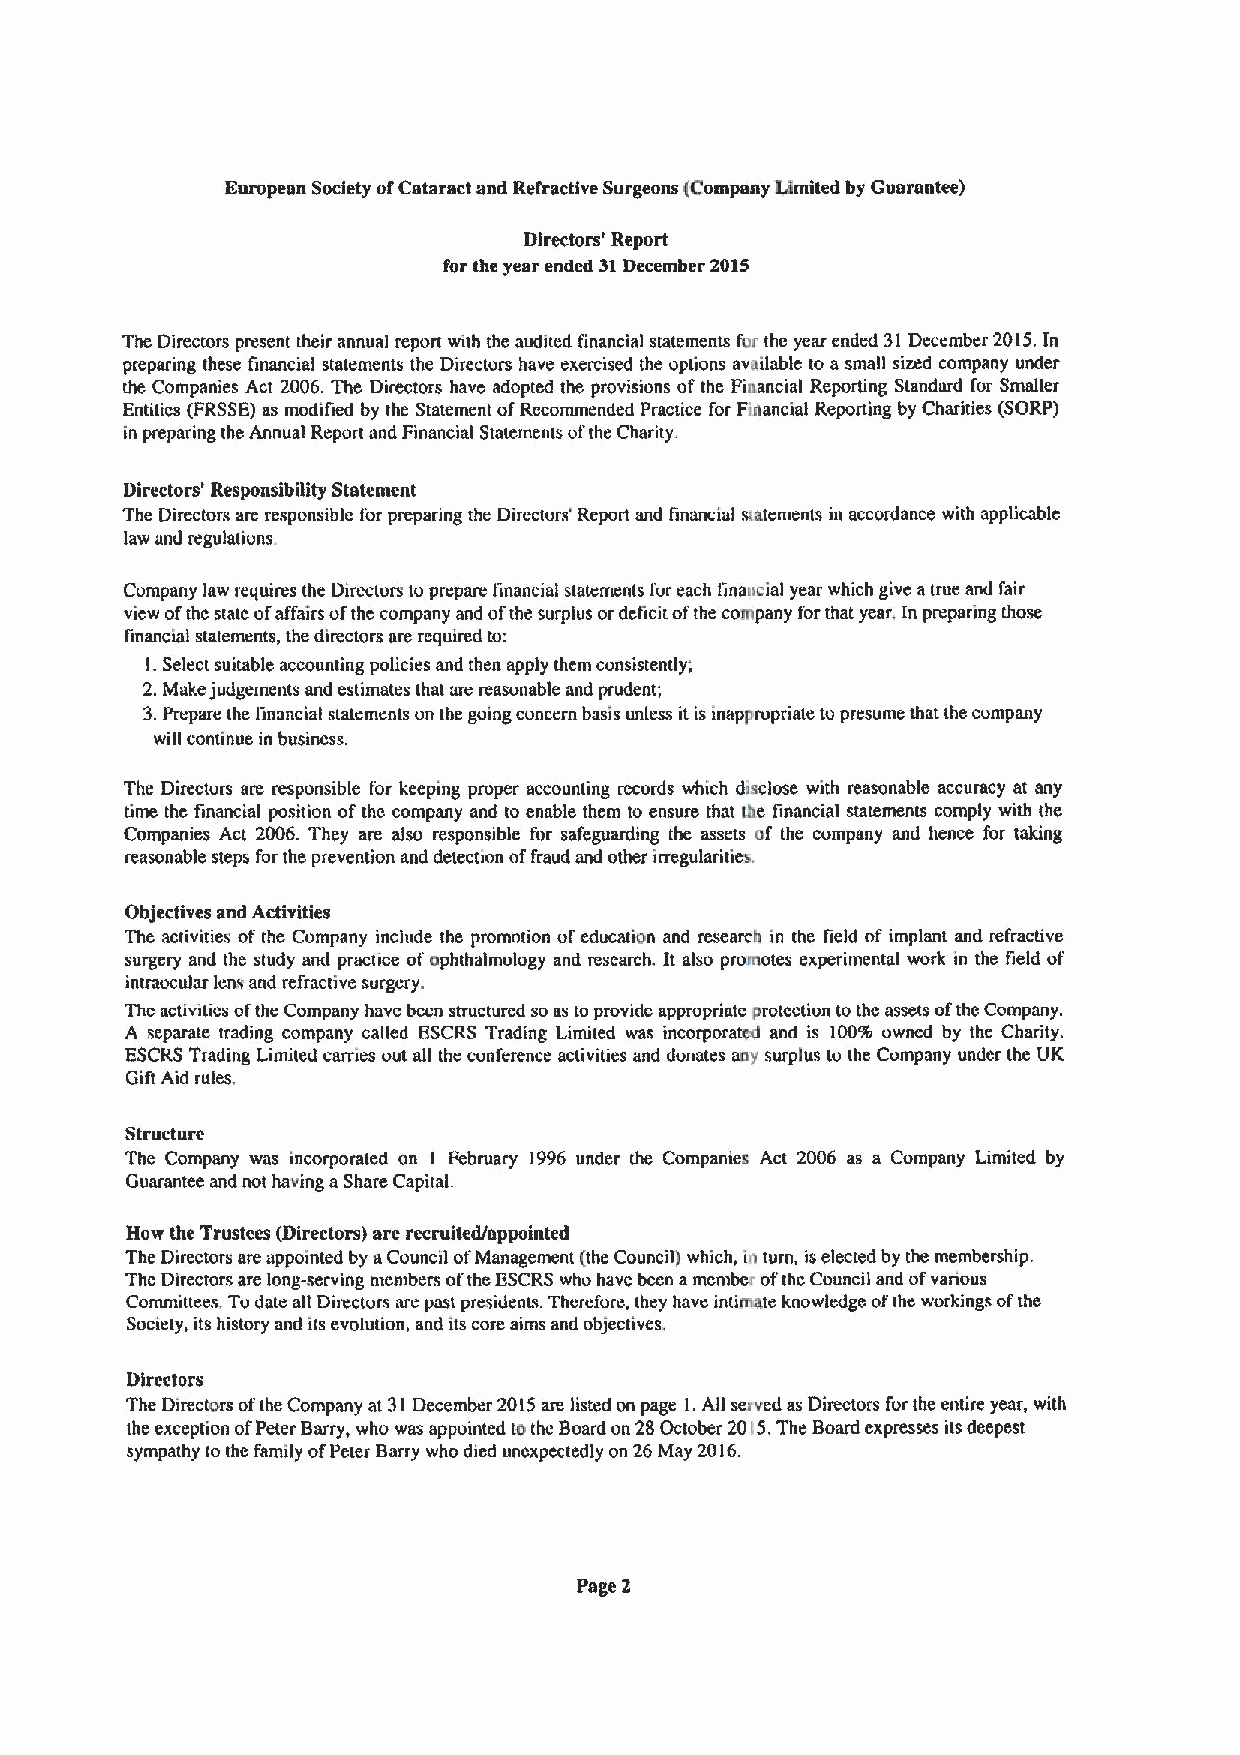
European Society ofCataract and Refractive Surgeons (Company Limited by Guorantee)
 Directors' Report
 for the year ended 31December 2015
 The Directors present their annual repon with the audited financial statements for the year ended 31December 2015.In
 preparing these financial statements the Directors have exercised the options available to a small sized company under
 the Companies Act 2006.The Directors have adopted the provisions ofthe Financial Reporting Standard for Smaller
 Entities (FRSSE)as modified by the Statement ofRecommended Practice for Financial Reporting by Charities (SORP)
 in preparing the Annual Report and Financial Stateinents ofthe Charity.
 Directors' Responsibility Statement
 The Directors are responsible for preparing the Directors' Report and financial siatements in accordance with applicable
 law and regulauons
 Company law requires the Directors to prepare linancial statements for each linaacial year which give atrue and fair
 view ofthe state ofaffairs ofthe company and ofthe surplus ordeficit ofthe company forthat year. In preparing those
 financial statements, the directors are required to:
 I.Select suitable accounting policies and then apply them consistently;
 2.Make judgements and estimates that are reasonable and prudent;
 3.Prepare the linancial statements on the going concern basis unlevs it is inappropriate to presume that the company
 will continue in business.
 The Directors are responsible for keeping proper accounting records which disclose with reasonable accuracy at any
 time the financial position ofthe company and to enable them to ensure that the financial statements comply with the
 Companies Act 2006. They are also responsible for safeguarding the assets of the company and hence for taking
 reasonable steps for the prevention and detection offraud and other itregularities.
 Objectives and Activities
 The activities of the Company include the promotion ofeducation and research in the field of implant and refractive
 surgery and the study and practice ofophthalmology and research. It also promotes experimental work in the field of
 intraocular lena and refractive surgery.
 Thc activities ofthe Company have bccn structured so as to pmvidc appropriate protection tothc assets ofthe Company.
 A separate trading company called ESCRS Trading Limited was incorporated and is 100% owned by the Charity.
 ESCRSTrading Limited carries out all the conference activities and donates any surplus tu the Company under the UK
 Gift Aid rules.
 Structure
 The Company was incorporated on I February 1996 under the Companies Act 2006 as a Company Limited by
 Guarantee and not having aShare Capital.
 How the Trustees (Directors) are recruited/appointed
 The Directors are appointed by aCouncil ofManagement (the Council) which, in turn, iselected by the membership.
 Thc Directors are long-serving members ofthe ESCRSwho have been amember ofthc Council and ofvarious
 Committees. Todate all Directors are past presidents. Therefore, they have intimate knowledge ofthe workings ofthe
 Society, its history and its evolution, and its core aims and objectives.
 Directors
 The Directors ofthe Company at 31December 2015are listed on page l.All served as Directors for the entire year, with
 the exception ofPeter Barry, who was appointed tothe Board on 28October 2015.The Board expresses its deepest
 sympathy to the family ofPeter Barry who died unexpectedly on 26May 2016.
 Page 2